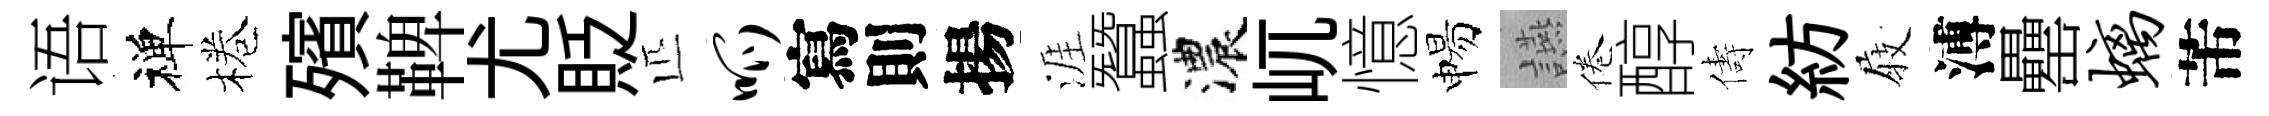
语禅棬殯鞞尤貶匹呱寫則揚涯蠶濃屼憶惕讌倦醇儔紡𡲆溥罍螭芾